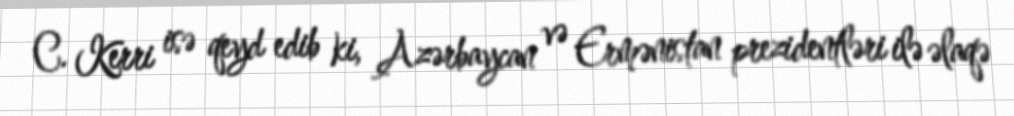
C. Kerri isə qeyd edib ki, Azərbaycan və Ermənistan prezidentləri ilə əlaqə